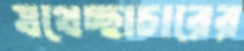
যথেচ্ছাচারের